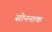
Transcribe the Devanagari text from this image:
सोननाक